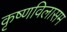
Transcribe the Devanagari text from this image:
कृष्णविलासम